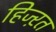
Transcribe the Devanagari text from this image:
हिज्ऱत